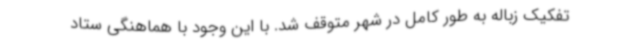
تفکیک زباله به طور کامل در شهر متوقف شد. با این وجود با هماهنگی ستاد